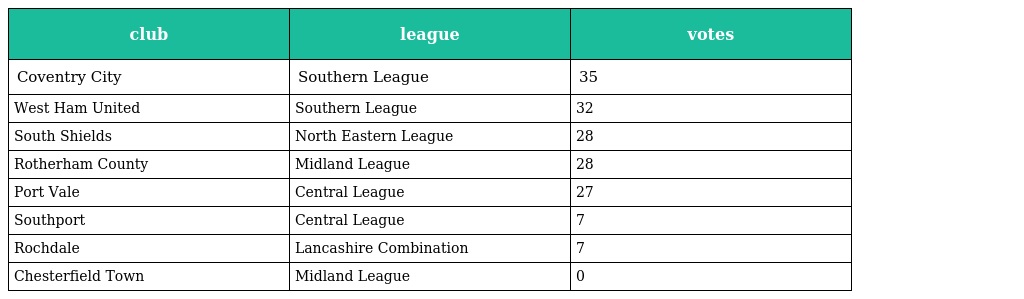
| club | league | votes |
 | --- | --- | --- |
 | Coventry City | Southern League | 35 |
 | West Ham United | Southern League | 32 |
 | South Shields | North Eastern League | 28 |
 | Rotherham County | Midland League | 28 |
 | Port Vale | Central League | 27 |
 | Southport | Central League | 7 |
 | Rochdale | Lancashire Combination | 7 |
 | Chesterfield Town | Midland League | 0 |